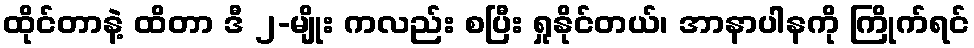
ထိုင်တာနဲ့ ထိတာ ဒီ ၂-မျိုး ကလည်း စပြီး ရှုနိုင်တယ်၊ အာနာပါနကို ကြိုက်ရင်